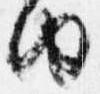
由